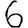
Digit: 6